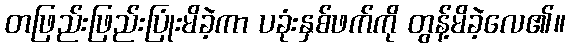
တဖြည်းဖြည်းပြုံးမိခဲ့ကာ ပခုံးနှစ်ဖက်ကို တွန့်မိခဲ့လေ၏။